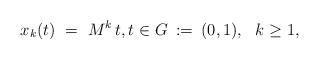
LaTeX: \begin{align*} x_k(t) \ = \ M^k \,t, t \in G \::=\:(0,1), \ \ k\geq 1,\end{align*}